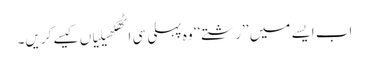
اب ایسے میں ’’رشتے‘‘ وہ پہلی سی اٹھکھیلیاں کیسے کریں۔